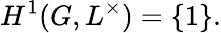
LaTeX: H^{1}(G,L^{\times})=\{ 1\} .